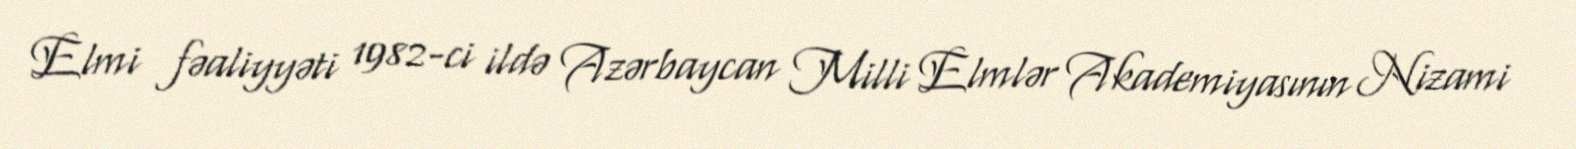
Elmi fəaliyyəti 1982-ci ildə Azərbaycan Milli Elmlər Akademiyasının Nizami